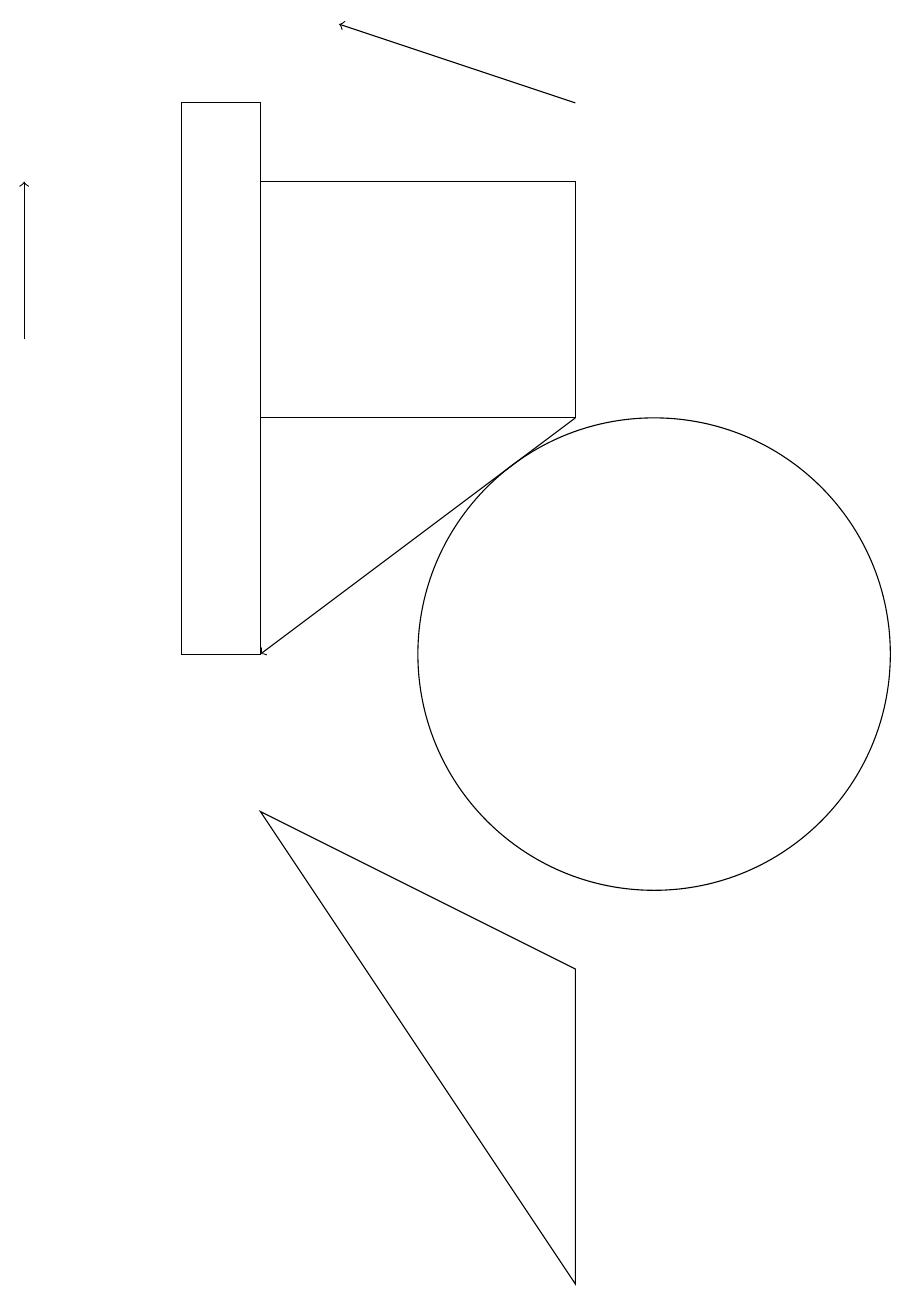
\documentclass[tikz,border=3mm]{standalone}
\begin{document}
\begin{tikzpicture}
\draw (5,8) -- (9,6) -- (9,2) -- cycle;
\draw (9,16) rectangle (5,13);
\draw[->] (9,17) -- (6,18);
\draw[->] (9,13) -- (5,10);
\draw[->] (2,14) -- (2,16);
\draw (4,17) rectangle (5,10);
\draw (10,10) circle (3);
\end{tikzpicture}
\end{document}